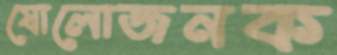
ষোলোজনক